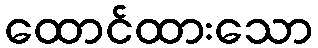
ထောင်ထားသော